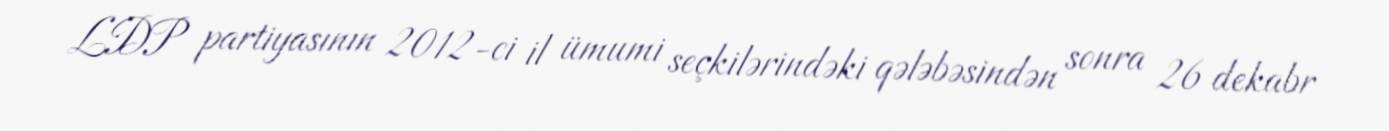
LDP partiyasının 2012-ci il ümumi seçkilərindəki qələbəsindən sonra 26 dekabr